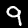
Label: 9